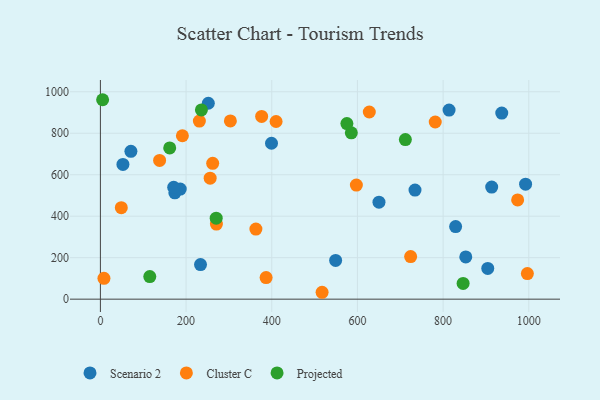
{"axis": {"x": "Experience", "y": "Profit"}, "legend": ["Cluster C", "Projected", "Scenario 2"], "data": [{"x": "936.9", "y": 897.3, "type": "Scenario 2"}, {"x": "399.4", "y": 751.7, "type": "Scenario 2"}, {"x": "173.8", "y": 513.0, "type": "Scenario 2"}, {"x": "71.2", "y": 712.9, "type": "Scenario 2"}, {"x": "52.6", "y": 649.6, "type": "Scenario 2"}, {"x": "650.3", "y": 467.9, "type": "Scenario 2"}, {"x": "186.4", "y": 530.8, "type": "Scenario 2"}, {"x": "734.4", "y": 526.0, "type": "Scenario 2"}, {"x": "251.9", "y": 944.7, "type": "Scenario 2"}, {"x": "813.9", "y": 911.8, "type": "Scenario 2"}, {"x": "549.1", "y": 186.6, "type": "Scenario 2"}, {"x": "904.2", "y": 148.2, "type": "Scenario 2"}, {"x": "852.9", "y": 203.7, "type": "Scenario 2"}, {"x": "233.7", "y": 166.8, "type": "Scenario 2"}, {"x": "829.2", "y": 349.8, "type": "Scenario 2"}, {"x": "171.1", "y": 539.6, "type": "Scenario 2"}, {"x": "913.4", "y": 540.3, "type": "Scenario 2"}, {"x": "992.5", "y": 554.7, "type": "Scenario 2"}, {"x": "517.5", "y": 33.2, "type": "Cluster C"}, {"x": "8.3", "y": 100.6, "type": "Cluster C"}, {"x": "410.1", "y": 856.7, "type": "Cluster C"}, {"x": "48.8", "y": 441.0, "type": "Cluster C"}, {"x": "627.7", "y": 902.5, "type": "Cluster C"}, {"x": "376.4", "y": 881.4, "type": "Cluster C"}, {"x": "597.5", "y": 550.2, "type": "Cluster C"}, {"x": "974.0", "y": 478.4, "type": "Cluster C"}, {"x": "724.2", "y": 205.4, "type": "Cluster C"}, {"x": "386.8", "y": 104.2, "type": "Cluster C"}, {"x": "262.1", "y": 655.1, "type": "Cluster C"}, {"x": "781.6", "y": 854.3, "type": "Cluster C"}, {"x": "231.0", "y": 858.9, "type": "Cluster C"}, {"x": "303.4", "y": 859.5, "type": "Cluster C"}, {"x": "363.0", "y": 338.1, "type": "Cluster C"}, {"x": "138.2", "y": 668.9, "type": "Cluster C"}, {"x": "996.7", "y": 123.2, "type": "Cluster C"}, {"x": "191.4", "y": 787.9, "type": "Cluster C"}, {"x": "256.2", "y": 583.3, "type": "Cluster C"}, {"x": "270.8", "y": 361.9, "type": "Cluster C"}, {"x": "115.3", "y": 108.8, "type": "Projected"}, {"x": "711.9", "y": 769.4, "type": "Projected"}, {"x": "270.3", "y": 390.4, "type": "Projected"}, {"x": "846.7", "y": 76.1, "type": "Projected"}, {"x": "585.7", "y": 801.9, "type": "Projected"}, {"x": "235.8", "y": 912.7, "type": "Projected"}, {"x": "161.8", "y": 729.2, "type": "Projected"}, {"x": "5.2", "y": 961.7, "type": "Projected"}, {"x": "575.4", "y": 846.6, "type": "Projected"}]}